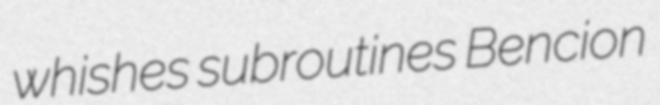
whishes subroutines Bencion